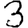
Digit: 3